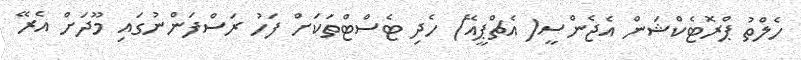
ހެލްތު ޕްރޮޓެކްޝަން އެޖެންސީ( އެޗްޕީއޭ) ހެދި ޓެސްޓްތަކަށް ފަހު ރަސްފަންނުގައި މޫދަށް އެރޭ